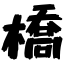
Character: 橋